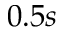
0 . 5 s